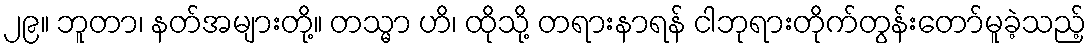
၂၉။ ဘူတာ၊ နတ်အများတို့။ တသ္မာ ဟိ၊ ထိုသို့ တရားနာရန် ငါဘုရားတိုက်တွန်းတော်မူခဲ့သည့်